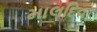
માલદિવ